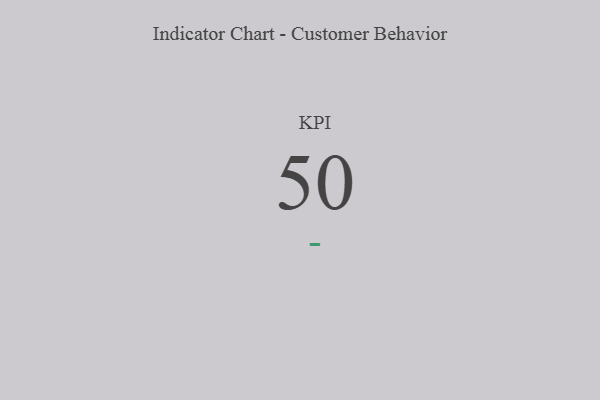
{"axis": {"x": "KPI", "y": "Value"}, "legend": [""], "data": [{"x": "KPI", "y": 50, "type": ""}]}